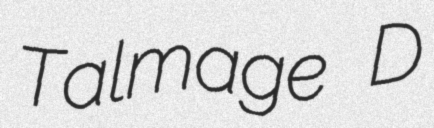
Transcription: Talmage D